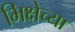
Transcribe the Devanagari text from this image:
भिक्षेच्या